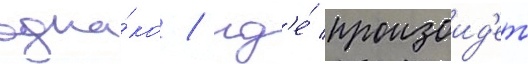
одна́ко / гд'е́ произоид'ет